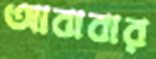
আবাবার